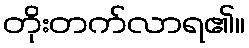
တိုးတက်လာရ၏။